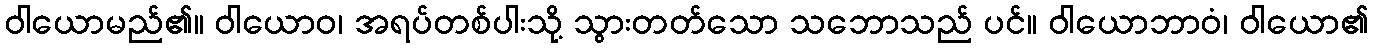
ဝါယောမည်၏။ ဝါယောဝ၊ အရပ်တစ်ပါးသို့ သွားတတ်သော သဘောသည် ပင်။ ဝါယောဘာဝံ၊ ဝါယော၏